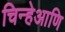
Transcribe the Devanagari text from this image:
चिन्हेआणि